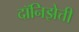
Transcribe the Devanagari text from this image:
दॉनिझेत्ती